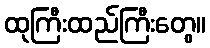
ထုကြီးထည်ကြီးတွေ။